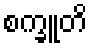
စက္ခူတိ